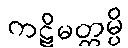
ကဋိမတ္တမ္ပိ